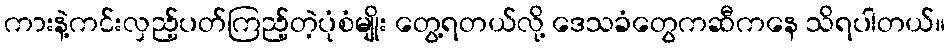
ကားနဲ့ကင်းလှည့်ပတ်ကြည့်တဲ့ပုံစံမျိုး တွေ့ရတယ်လို့ ဒေသခံတွေကဆီကနေ သိရပါတယ်။